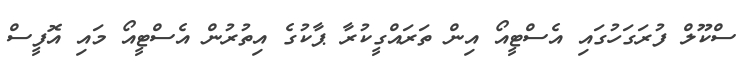
ސްކޫލް ފުރަގަހުގައި އެސްޓީއޯ އިން ތަރައްގީކުރާ ޕާކުގެ އިތުރުން އެސްޓީއޯ މައި އޮފީސް